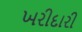
ખરીદારી